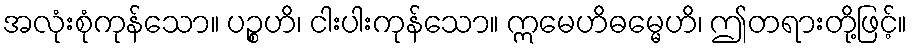
အလုံးစုံကုန်သော။ ပဉ္စဟိ၊ ငါးပါးကုန်သော။ ဣမေဟိဓမ္မေဟိ၊ ဤတရားတို့ဖြင့်။